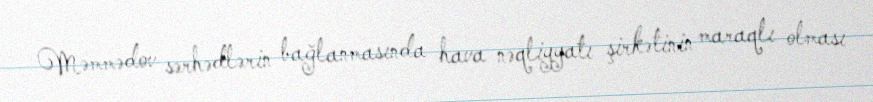
Məmmədov sərhədlərin bağlanmasında hava nəqliyyatı şirkətinin maraqlı olması